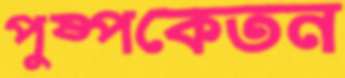
পুষ্পকেতন